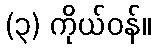
(၃) ကိုယ်ဝန်။